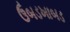
ઉબડખાબડ